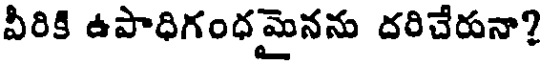
వీరికి ఉపాధిగంధమైనను దరిచేరునా?